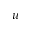
u